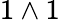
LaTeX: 1\wedge 1